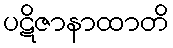
ပဋိဇာနာထာတိ